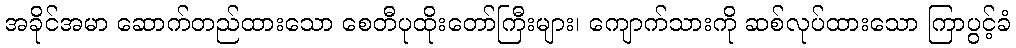
အခိုင်အမာ ဆောက်တည်ထားသော စေတီပုထိုးတော်ကြီးများ၊ ကျောက်သားကို ဆစ်လုပ်ထားသော ကြာပွင့်ခံ